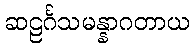
ဆဠင်္ဂသမန္နာဂတာယ